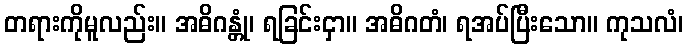
တရားကိုမူလည်း။ အဓိဂန္တုံ၊ ရခြင်းငှာ။ အဓိဂတံ၊ ရအပ်ပြီးသော။ ကုသလံ၊